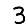
Digit: 3